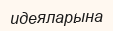
идеяларына